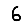
Digit: 6